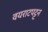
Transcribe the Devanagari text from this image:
वयराटपट्टन